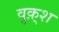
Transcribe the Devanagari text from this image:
वृक़्श